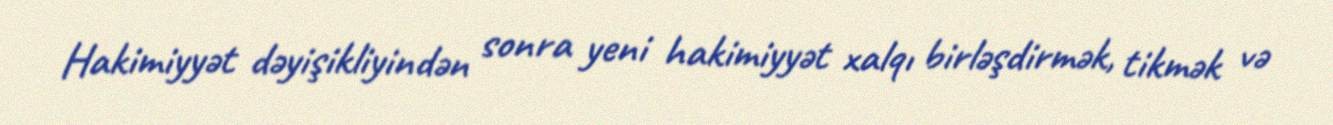
Hakimiyyət dəyişikliyindən sonra yeni hakimiyyət xalqı birləşdirmək, tikmək və